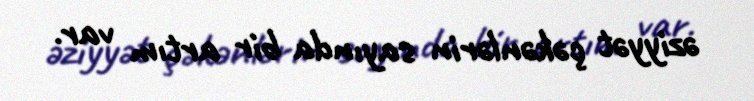
əziyyət çəkənlərin sayında bir artım var.